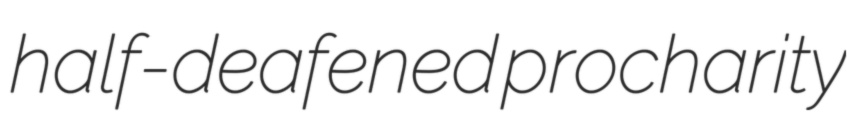
half-deafened procharity